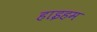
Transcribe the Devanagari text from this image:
हाइहम